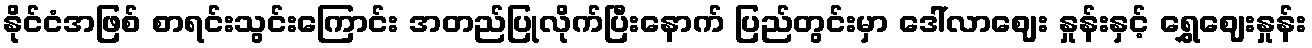
နိုင်ငံအဖြစ် စာရင်းသွင်းကြောင်း အတည်ပြုလိုက်ပြီးနောက် ပြည်တွင်းမှာ ဒေါ်လာဈေး နှုန်းနှင့် ရွှေဈေးနှုန်း